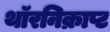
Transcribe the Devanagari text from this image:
थॉरनिक्राप्ट